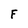
Character: F